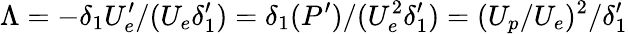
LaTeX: \Lambda=-\delta_{1}U_{e}^{\prime}/(U_{e}\delta_{1}^{\prime})=\delta_{1}(P^{\prime})/(U_{e}^{2}\delta_{1}^{\prime})=(U_{p}/U_{e})^{2}/\delta_{1}^{\prime}